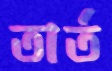
তার্ত